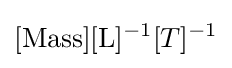
[{\text{Mass}}][{\text{L}}]^{-1}[T]^{-1}